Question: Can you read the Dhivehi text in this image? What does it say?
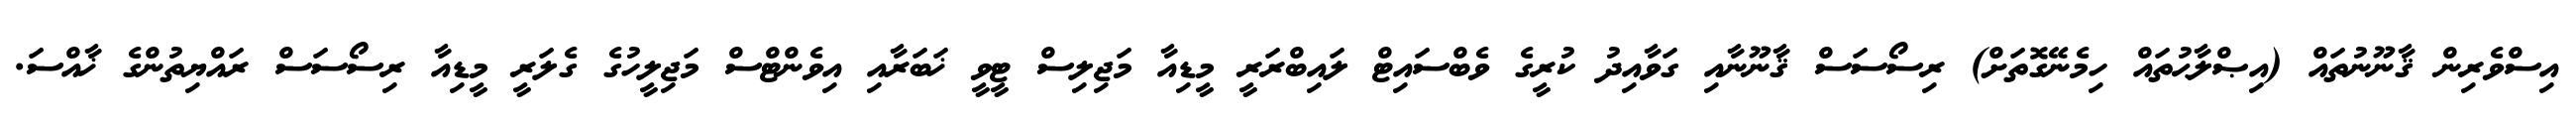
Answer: އިސްވެރިން ޤާނޫނުތައް (އިޞްލާޙުތައް ހިމެނޭގޮތަށް) ރިސޯސަސް ޤާނޫނާއި ގަވާއިދު ކުރީގެ ވެބްސައިޓް ލައިބްރަރީ މީޑިއާ މަޖިލިސް ޓީވީ ޚަބަރާއި އިވެންޓްސް މަޖިލީހުގެ ގެލަރީ މީޑިއާ ރިސޯސަސް ރައްޔިތުންގެ ޚާއްސަ.